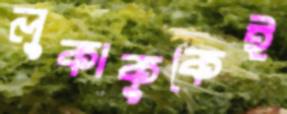
লুকাকুকেই